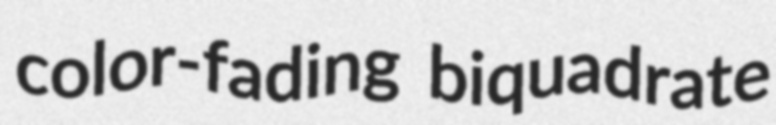
color-fading biquadrate